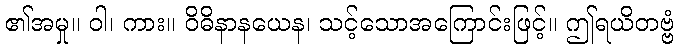
၏အမှု။ ဝါ၊ ကား။ ဝိဓိနာနယေန၊ သင့်သောအကြောင်းဖြင့်။ ဤရယိတဗ္ဗံ